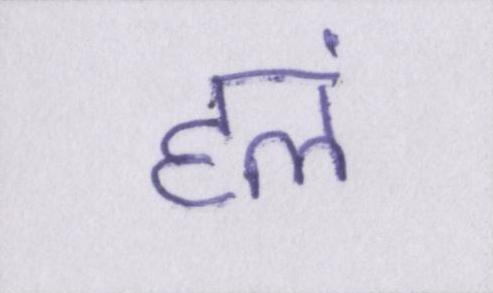
हलं